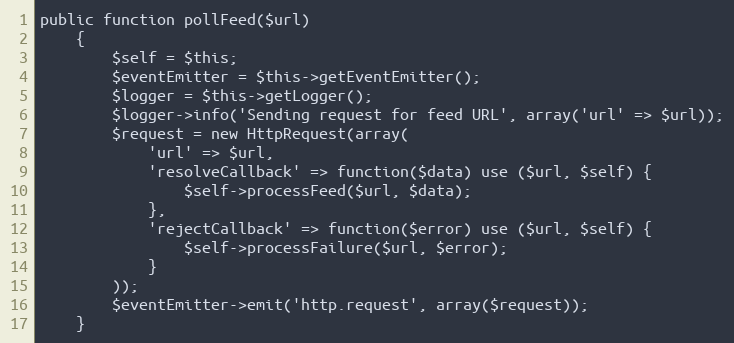
Language: PHP
public function pollFeed($url)
    {
        $self = $this;
        $eventEmitter = $this->getEventEmitter();
        $logger = $this->getLogger();
        $logger->info('Sending request for feed URL', array('url' => $url));
        $request = new HttpRequest(array(
            'url' => $url,
            'resolveCallback' => function($data) use ($url, $self) {
                $self->processFeed($url, $data);
            },
            'rejectCallback' => function($error) use ($url, $self) {
                $self->processFailure($url, $error);
            }
        ));
        $eventEmitter->emit('http.request', array($request));
    }